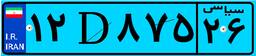
۳۳D۰۵۴۴۸